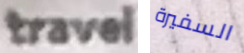
travel السفيرة